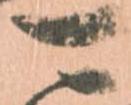
可